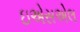
ઇએસએલ